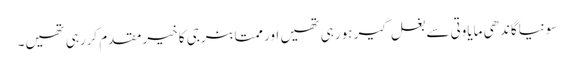
سونیاگاندھی مایاوتی سے بغل گیر ہورہی تھیں اور ممتابنرجی کا خیرمقدم کررہی تھیں۔